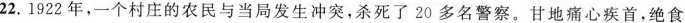
22.1922年，一个村庄的农民与当局发生冲突，杀死了20多名警察。甘地痛心疾首，绝食